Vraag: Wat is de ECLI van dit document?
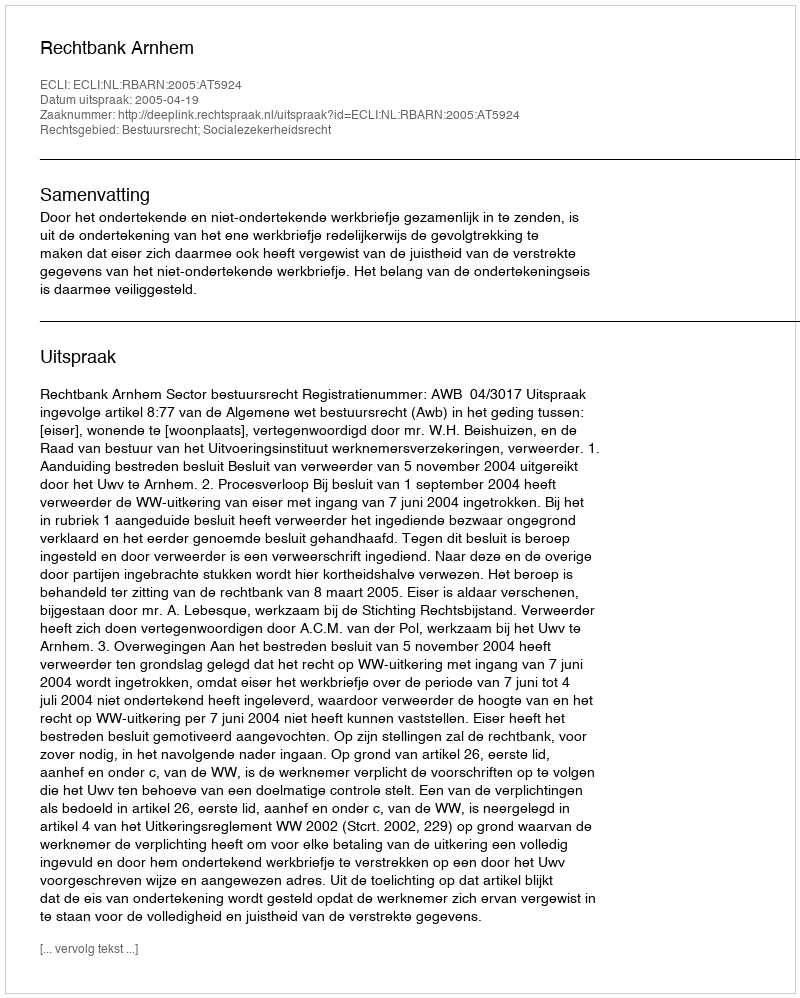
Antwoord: ECLI:NL:RBARN:2005:AT5924